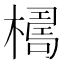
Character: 𣚑